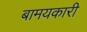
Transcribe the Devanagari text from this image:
बामयकारी